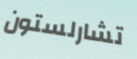
تشارلستون